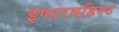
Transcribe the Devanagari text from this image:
इण्टरमडिएट